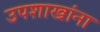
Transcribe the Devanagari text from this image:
उपशाखांना